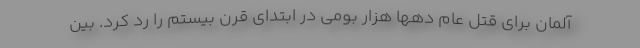
آلمان برای قتل عام دهها هزار بومی در ابتدای قرن بیستم را رد کرد. بین